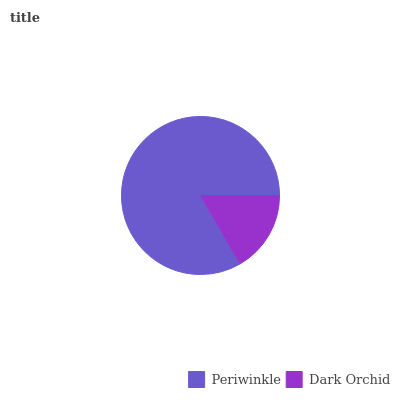
| Periwinkle | Dark Orchid |
 | --- | --- |
 | 83.3% | 16.7% |